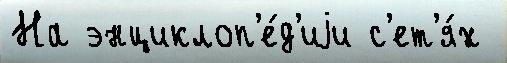
На энциклоп'е́д'иjи с'ет'я́х